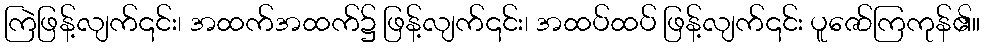
ကြဲဖြန့်လျက်၎င်း၊ အထက်အထက်၌ ဖြန့်လျက်၎င်း၊ အထပ်ထပ် ဖြန့်လျက်၎င်း ပူဇော်ကြကုန်၏။